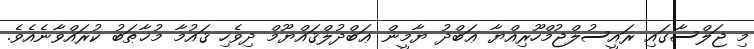
މި ޖަލްސާގައި ރައީސުލްޖުމްހޫރިއްޔާ ޢަބްދު ޔާމީން ޢަބްދުލްޤައްޔޫމް ދިވެހި ޤައުމާ މުޚާޠަބު ކުރައްވާނެއެވެ.